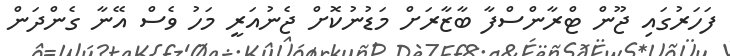
ފަހަރުގައި ޖޫން ޓްރާންސްފާ ބާޒާރަށް މަޑުނުކޮށް ޖެނުއަރީ މަހު ވެސް އޭނާ ގެންދަން